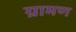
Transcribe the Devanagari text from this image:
ग्रामण